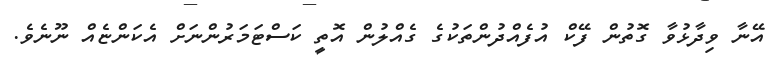
އޭނާ ވިދާޅުވާ ގޮތުން ފޭކް އުފެއްދުންތަކުގެ ގެއްލުން އޮތީ ކަސްޓަމަރުންނަށް އެކަންޏެއް ނޫނެވެ.